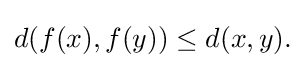
\displaystyle {d(f(x),f(y))\leq d(x,y).}